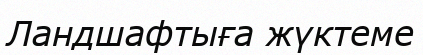
Ландшафтыға жүктеме